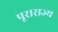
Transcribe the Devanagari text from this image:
पूराराज्य